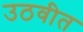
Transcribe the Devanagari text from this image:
उठवीत